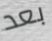
بعد